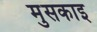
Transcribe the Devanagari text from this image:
मुसकाइ